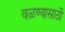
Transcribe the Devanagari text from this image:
वळण्यासाठी